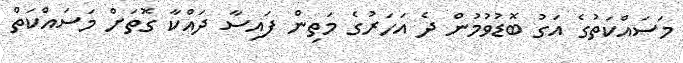
މަސައްކަތުގެ އަގު ބޮޑުވުމުން ދެ އަހަރުގެ މަތިން ފައިސާ ދައްކާ ގޮތަށް މަސައްކަތް